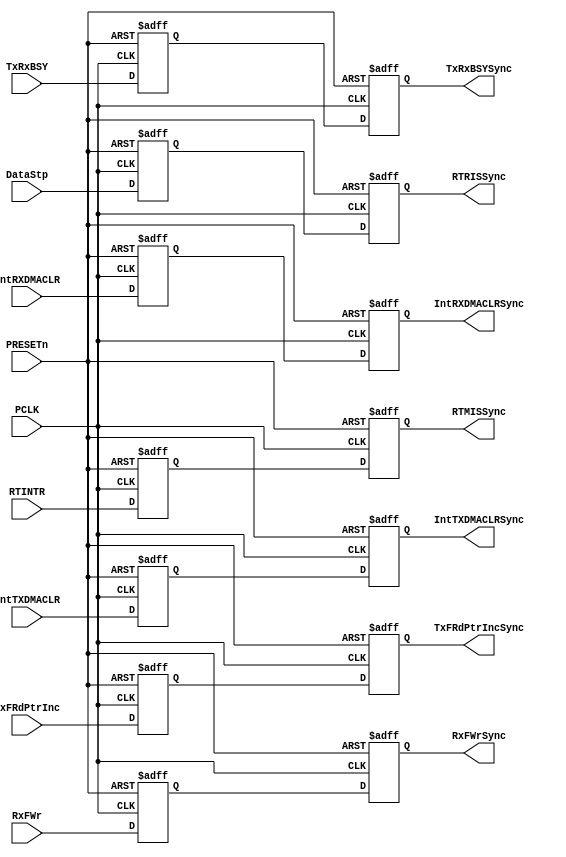
// --=========================================================================--
//  This confidential and proprietary software may be used only as
//  authorised by a licensing agreement from ARM Limited
//    (C) COPYRIGHT 2007-2008 ARM Limited
//        ALL RIGHTS RESERVED
//  The entire notice above must be reproduced on all authorised
//  copies and copies may only be made to the extent permitted
//  by a licensing agreement from ARM Limited.
// -----------------------------------------------------------------------------
//  
//  Version and Release Control Information:
//  
//  File Revision          : 20358
//  
//  Release Information : Cortex-M0 DesignStart-r2p0-00rel0
//  
// -----------------------------------------------------------------------------
  
// -----------------------------------------------------------------------------
// Purpose      : Synchronisers for signals crossing from SSPCLK domain to
//                PCLK domain
// --=========================================================================--

`timescale 1ns/1ps

// -----------------------------------------------------------------------------

module SspSynctoPCLK (
// Inputs
                      PCLK, 

                      PRESETn, 

                      TxRxBSY, 
                      TxFRdPtrInc, 
                      RxFWr,
                      DataStp, 
                      RTINTR,
                      IntTXDMACLR,
                      IntRXDMACLR,
// Outputs
                      TxRxBSYSync, 
                      TxFRdPtrIncSync,
                      RxFWrSync,
                      RTRISSync,
                      RTMISSync,
                      IntTXDMACLRSync,
                      IntRXDMACLRSync
                     );

// Inputs
input  PCLK;               // APB bus clock
input  PRESETn;            // Muxed reset (from BPRESETn)
input  TxRxBSY;            // SSP Tx/Rx controller busy
input  TxFRdPtrInc;        // TX FIFO read pointer incr.
input  RxFWr;              // RX FIFO write enable
input  DataStp;            // RX Timeout Raw interrupt
input  RTINTR;             // RX Timeout Masked interrupt
input  IntTXDMACLR;        // IntTXDMACLR
input  IntRXDMACLR;        // IntRXDMACLR
// Outputs
output TxRxBSYSync;        // To TX FIFO
output TxFRdPtrIncSync;    // To TX FIFO
output RxFWrSync;          // To RX FIFO
output RTRISSync;          // Rx Timeout Raw Interrupt Status
output RTMISSync;          // Rx Timeout Raw Interrupt Status
output IntTXDMACLRSync;    // IntTXDMACLR synchronised
output IntRXDMACLRSync;    // IntRXDMACLR synchronised

// -----------------------------------------------------------------------------
//
//                               SspSynctoPCLK
//                               =============
//
// -----------------------------------------------------------------------------
//
// Overview
// ========
//
// This block implements the synchronisers for signals crossing over from the
// SSPCLK domain to the PCLK domain. The signals are 'double-synchronise'd 
// using inferred d-type flip-flops.
// -----------------------------------------------------------------------------

// -----------------------------------------------------------------------------
// Register declarations 
// -----------------------------------------------------------------------------
reg TxFRdPtrIncSync1;
// 1st stage synchronised version of TxFRdPtrInc input

reg TxFRdPtrIncSync;
// 2nd stage synchronised version of TxFRdPtrInc input

reg RxFWrSync1;
// 1st stage synchronised version of RxFWr input

reg RxFWrSync;
// 2nd stage synchronised version of RxFWr input

reg TxRxBSYSync1;
// 1st stage synchronised version of TxRxBSY input

reg TxRxBSYSync;
// 2nd stage synchronised version of TxRxBSY input

reg RTRISSync1;
// 1st stage synchronised version of DataStp input

reg RTMISSync1;
// 1st stage synchronised version of RTINTR input

reg IntTXDMACLRSync1;
// 1st stage synchronised version of IntTXDMACLR input

reg IntTXDMACLRSync;
// 2nd stage synchronised version of IntTXDMACLR input

reg IntRXDMACLRSync1;
// 1st stage synchronised version of IntRXDMACLR input

reg IntRXDMACLRSync;
// 2nd stage synchronised version of IntRXDMACLR input

reg RTRISSync;
// 2nd stage synchronised version of DataStp input

reg RTMISSync;
// 2nd stage synchronised version of RTINTR input


// -----------------------------------------------------------------------------
//
// Main body of code
// =================
//
// -----------------------------------------------------------------------------


// -----------------------------------------------------------------------------
// Double-synchronise with inferred D-types
// -----------------------------------------------------------------------------
always @(posedge PCLK or  negedge PRESETn)
begin : p_Sync
  if (PRESETn == 1'b0) 
    begin 
      TxFRdPtrIncSync1    <= 1'b0;
      TxFRdPtrIncSync     <= 1'b0;
      RxFWrSync1          <= 1'b0;
      RxFWrSync           <= 1'b0;
      TxRxBSYSync1        <= 1'b0;
      TxRxBSYSync         <= 1'b0;
      RTRISSync1          <= 1'b0;
      RTRISSync           <= 1'b0;
      RTMISSync1          <= 1'b0;
      RTMISSync           <= 1'b0;
      IntTXDMACLRSync1    <= 1'b0;
      IntTXDMACLRSync     <= 1'b0;
      IntRXDMACLRSync1    <= 1'b0;
      IntRXDMACLRSync     <= 1'b0;    
    end
  else 
    begin
      TxFRdPtrIncSync1    <= TxFRdPtrInc;
      TxFRdPtrIncSync     <= TxFRdPtrIncSync1;

      RxFWrSync1          <= RxFWr;
      RxFWrSync           <= RxFWrSync1;

      TxRxBSYSync1        <= TxRxBSY;
      TxRxBSYSync         <= TxRxBSYSync1;

      RTRISSync1          <= DataStp;
      RTRISSync           <= RTRISSync1;

      RTMISSync1          <= RTINTR;
      RTMISSync           <= RTMISSync1;

      IntTXDMACLRSync1    <= IntTXDMACLR;
      IntTXDMACLRSync     <= IntTXDMACLRSync1;

      IntRXDMACLRSync1    <= IntRXDMACLR;
      IntRXDMACLRSync     <= IntRXDMACLRSync1;
    end
end // p_Sync
endmodule

//================================== End =====================================--